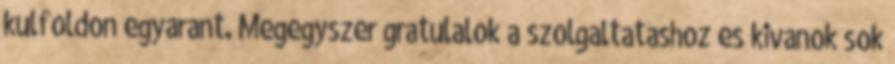
kulfoldon egyarant. Megegyszer gratulalok a szolgaltatashoz es kivanok sok